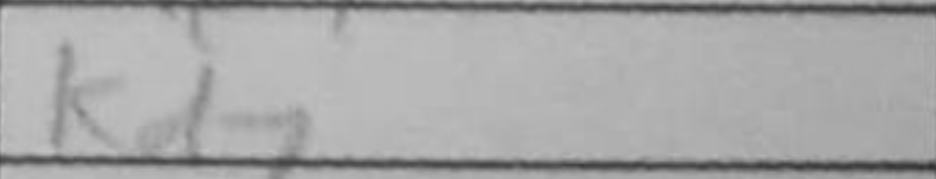
Transcription: Kd7